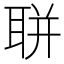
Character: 聠